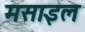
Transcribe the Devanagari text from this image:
मसाइल